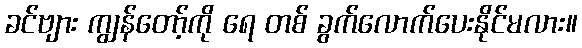
ခင်ဗျား ကျွန်တော့်ကို ရေ တစ် ခွက်လောက်ပေးနိုင်မလား။